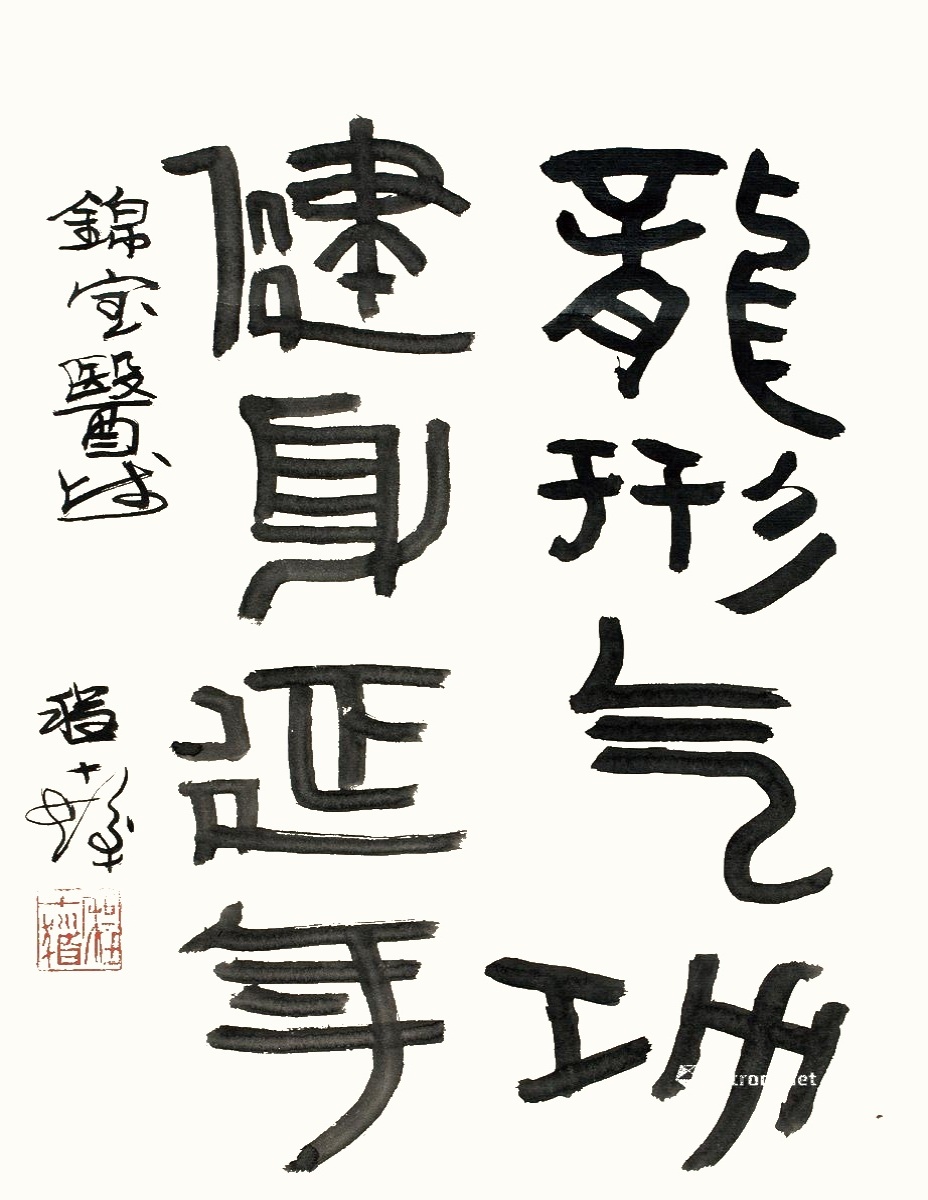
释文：龙形气功健身延年。锦宝医师，程十发。